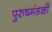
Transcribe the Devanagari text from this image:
पुरुषमंडळी